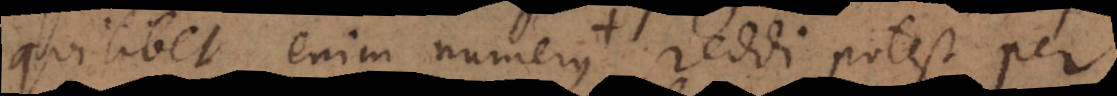
quilibet enim numerus reddi potest per